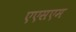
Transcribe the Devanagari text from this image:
एएसएम